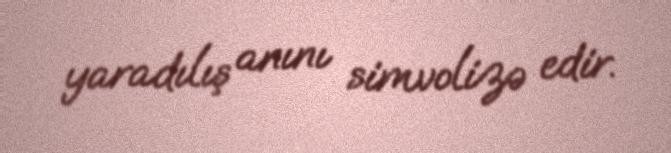
yaradılış anını simvolizə edir.